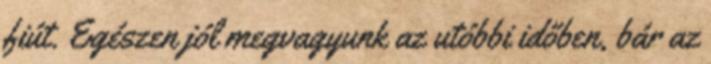
fiút. Egészen jól megvagyunk az utóbbi időben, bár az